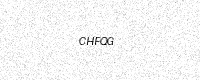
Text: CHFQG